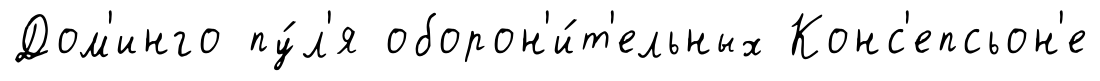
Дом'инго пу́л'я оборон'и́т'ельных Конс'епсьон'е